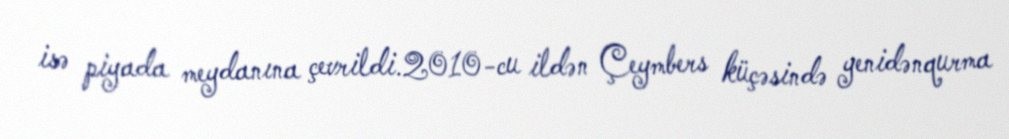
isə piyada meydanına çevrildi.2010-cu ildən Çeymbers küçəsində yenidənqurma